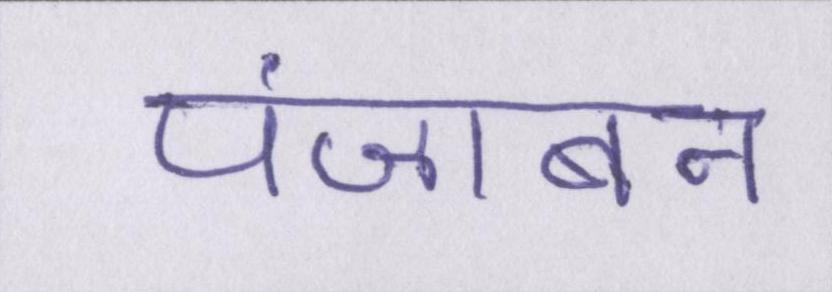
पंजाबन